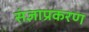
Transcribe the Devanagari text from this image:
संज्ञाप्रकरण